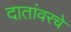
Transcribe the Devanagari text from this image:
दातांवरचे